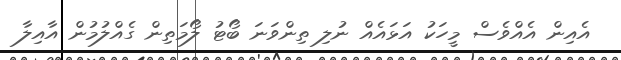
އެއިން އެއްވެސް މީހަކު އަޅައެއް ނުލި ތިންވަނަ ބޯޓު ލޯމަތިން ގެއްލުމުން އާއިލާ